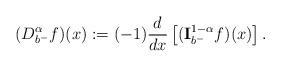
LaTeX: \begin{align*} (D _{b^-}^{\alpha} f)(x):= (-1)\frac{d}{dx}\left[({\bf I}_{b^-}^{1-\alpha}f)(x)\right]. \end{align*}